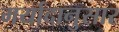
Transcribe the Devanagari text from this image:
मर्यादानुसार